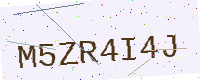
Text: M5ZR4I4J